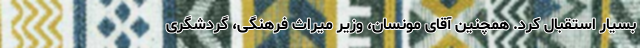
بسیار استقبال کرد. همچنین آقای مونسان، وزیر میراث فرهنگی، گردشگری